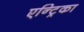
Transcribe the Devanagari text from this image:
एन्ट्रिका